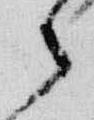
之